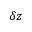
\delta z